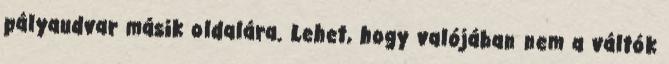
pályaudvar másik oldalára. Lehet, hogy valójában nem a váltók